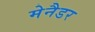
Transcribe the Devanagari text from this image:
मेनैडर